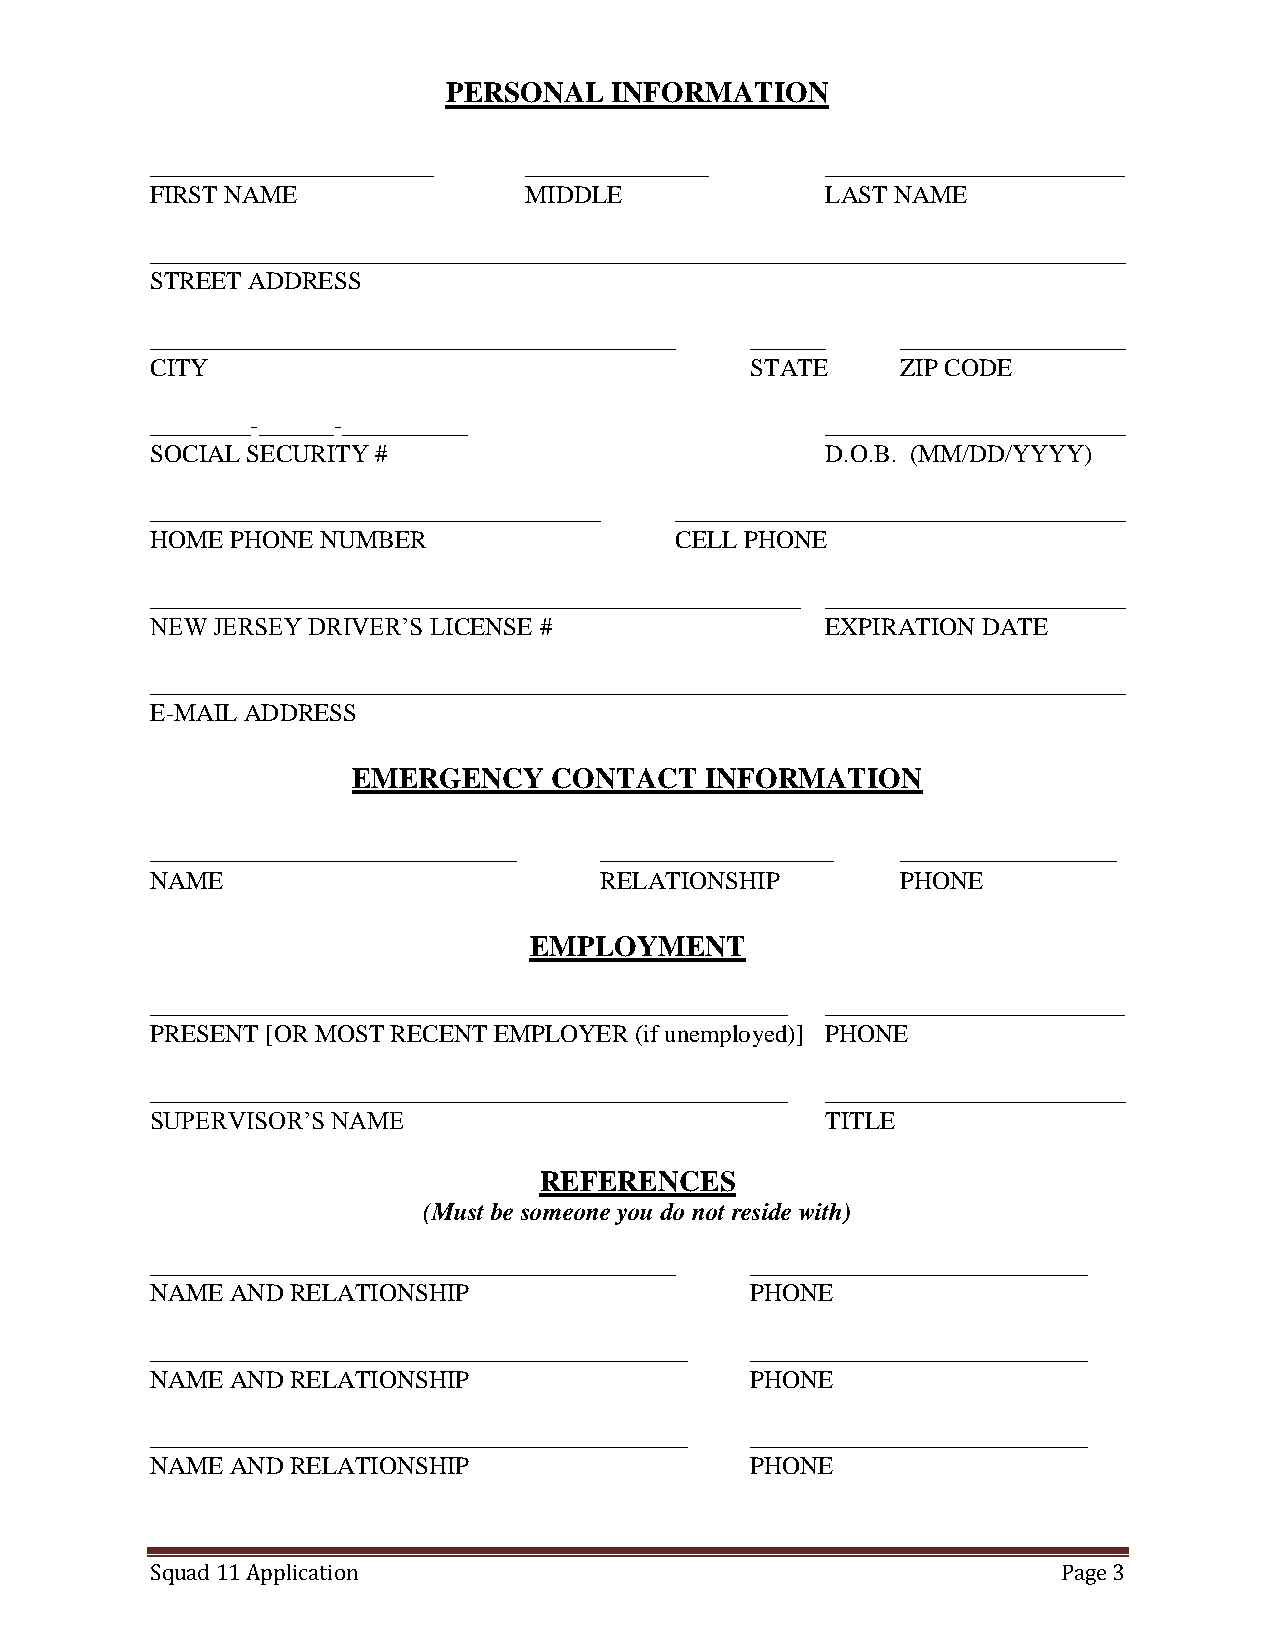
PERSONAL  INFORMATION
 _________________        ___________         __________________
 FIRST NAME               MIDDLE              LAST NAME
 ______________________________________________________________________________
 STREET ADDRESS
 __________________________________________ ______ __________________
 CITY                                    STATE     ZIP CODE
 ________-______-__________                   ________________________
 SOCIAL SECURITY #                            D.O.B. (MM/DD/YYYY)
 ____________________________________ ____________________________________
 HOME PHONE NUMBER                  CELL PHONE
 ____________________________________________________ ________________________
 NEW JERSEY DRIVER’S LICENSE #                EXPIRATION DATE
 ______________________________________________________________________________
 E-MAIL ADDRESS
 EMERGENCY     CONTACT   INFORMATION
 ______________________        ______________      _____________
 NAME                          RELATIONSHIP        PHONE
 EMPLOYMENT
 ___________________________________________________ ________________________
 PRESENT [OR MOST RECENT EMPLOYER (if unemployed)] PHONE
 ___________________________________________________ ________________________
 SUPERVISOR’S NAME                            TITLE
 REFERENCES
 (Must be someone you do not reside with)
 __________________________________________ ___________________________
 NAME AND RELATIONSHIP                   PHONE
 ___________________________________________ ___________________________
 NAME AND RELATIONSHIP                   PHONE
 ___________________________________________ ___________________________
 NAME AND RELATIONSHIP                   PHONE
 Squad 11 Application                                        Page 3